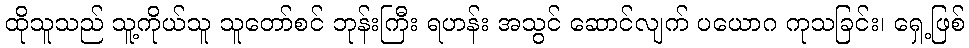
ထိုသူသည် သူ့ကိုယ်သူ သူတော်စင် ဘုန်းကြီး ရဟန်း အသွင် ဆောင်လျက် ပယောဂ ကုသခြင်း၊ ရှေ့ဖြစ်